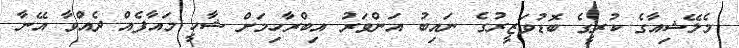
މެލޭޝިއާގެ ކުރީގެ ބޮޑުވަޒީރުގެ ނައިބު އަންވަރު އިބްރާހިމަށް ޝާހީ މައާފެއް ދެއްވާ އޭނާ